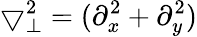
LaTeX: \bigtriangledown_{\perp}^{2}=(\partial_{x}^{2}+\partial_{y}^{2})